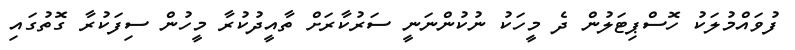
ފުވައްމުލަކު ހޮސްޕިޓަލުން ދެ މީހަކު ނުކުންނަނީ ސަރުކާރަށް ތާއީދުކުރާ މީހުން ސިފަކުރާ ގޮތުގައި